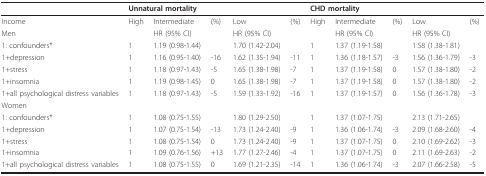
<table><thead><tr><td></td><td colspan="2"><b>Unnatural mortality</b></td><td></td><td></td><td></td><td colspan="2"><b>CHD mortality</b></td><td></td><td></td><td></td></tr></thead><tbody><tr><td>Income</td><td>High</td><td>Intermediate</td><td>(%)</td><td>Low</td><td>(%)</td><td>High</td><td>Intermediate</td><td>(%)</td><td>Low</td><td>(%)</td></tr><tr><td>Men</td><td></td><td>HR (95% CI)</td><td></td><td>HR (95% CI)</td><td></td><td></td><td>HR (95% CI)</td><td></td><td>HR (95% CI)</td><td></td></tr><tr><td>1: confounders*</td><td>1</td><td>1.19 (0.98-1.44)</td><td></td><td>1.70 (1.42-2.04)</td><td></td><td>1</td><td>1.37 (1.19-1.58)</td><td></td><td>1.58 (1.38-1.81)</td><td></td></tr><tr><td>1+depression</td><td>1</td><td>1.16 (0.95-1.40)</td><td>-16</td><td>1.62 (1.35-1.94)</td><td>-11</td><td>1</td><td>1.36 (1.18-1.57)</td><td>-3</td><td>1.56 (1.36-1.79)</td><td>-3</td></tr><tr><td>1+stress</td><td>1</td><td>1.18 (0.97-1.43)</td><td>-5</td><td>1.65 (1.38-1.98)</td><td>-7</td><td>1</td><td>1.37 (1.19-1.58)</td><td>0</td><td>1.57 (1.38-1.80)</td><td>-2</td></tr><tr><td>1+insomnia</td><td>1</td><td>1.19 (0.98-1.45)</td><td>0</td><td>1.65 (1.38-1.98)</td><td>-7</td><td>1</td><td>1.37 (1.19-1.58)</td><td>0</td><td>1.57 (1.38-1.80)</td><td>-2</td></tr><tr><td>1+all psychological distress variables</td><td>1</td><td>1.18 (0.97-1.43)</td><td>-5</td><td>1.59 (1.33-1.92)</td><td>-16</td><td>1</td><td>1.37 (1.19-1.57)</td><td>0</td><td>1.56 (1.36-1.78)</td><td>-3</td></tr><tr><td>Women</td><td></td><td></td><td></td><td></td><td></td><td></td><td></td><td></td><td></td><td></td></tr><tr><td>1: confounders*</td><td>1</td><td>1.08 (0.75-1.55)</td><td></td><td>1.80 (1.29-2.50)</td><td></td><td>1</td><td>1.37 (1.07-1.75)</td><td></td><td>2.13 (1.71-2.65)</td><td></td></tr><tr><td>1+depression</td><td>1</td><td>1.07 (0.75-1.54)</td><td>-13</td><td>1.73 (1.24-2.40)</td><td>-9</td><td>1</td><td>1.36 (1.06-1.74)</td><td>-3</td><td>2.09 (1.68-2.60)</td><td>-4</td></tr><tr><td>1+stress</td><td>1</td><td>1.08 (0.75-1.54)</td><td>0</td><td>1.73 (1.24-2.40)</td><td>-9</td><td>1</td><td>1.37 (1.07-1.75)</td><td>0</td><td>2.10 (1.69-2.62)</td><td>-3</td></tr><tr><td>1+insomnia</td><td>1</td><td>1.09 (0.76-1.56)</td><td>+13</td><td>1.77 (1.27-2.46)</td><td>-4</td><td>1</td><td>1.37 (1.07-1.75)</td><td>0</td><td>2.11 (1.69-2.63)</td><td>-2</td></tr><tr><td>1+all psychological distress variables</td><td>1</td><td>1.08 (0.75-1.55)</td><td>0</td><td>1.69 (1.21-2.35)</td><td>-14</td><td>1</td><td>1.36 (1.06-1.74)</td><td>-3</td><td>2.07 (1.66-2.58)</td><td>-5</td></tr></tbody></table>